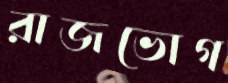
রাজভোগ